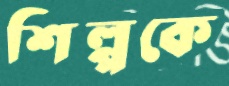
শিল্পকে